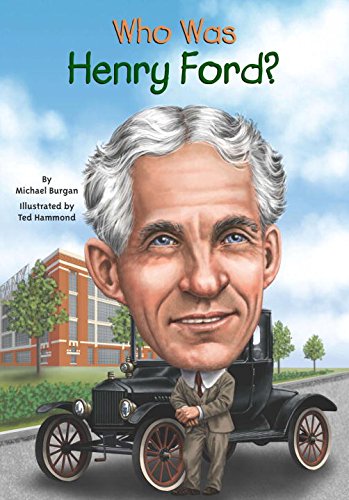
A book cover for Who Was Henry Ford?; Michael Burgan; Children's Books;